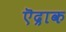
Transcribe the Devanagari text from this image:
ऎद्राक